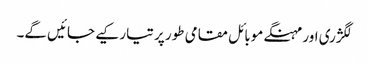
لگژری اور مہنگے موبائل مقامی طور پر تیار کیے جائیں گے۔